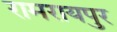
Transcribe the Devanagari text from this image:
रामरायपुर